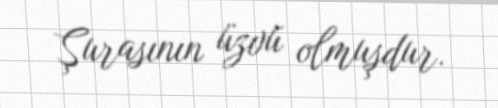
Şurasının üzvü olmuşdur.